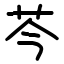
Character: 芩